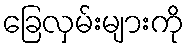
ခြေလှမ်းများကို